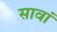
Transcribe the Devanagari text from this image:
सावां